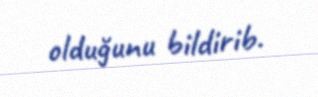
olduğunu bildirib.